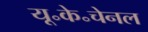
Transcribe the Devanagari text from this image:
यू॰के॰चेनल